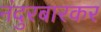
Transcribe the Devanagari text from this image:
नंदुरबारकर